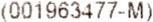
(001963477-M)